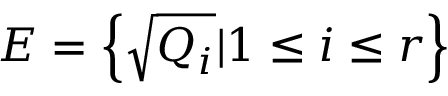
E = \left\{ { \sqrt { Q _ { i } } } | 1 \leq i \leq r \right\}